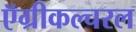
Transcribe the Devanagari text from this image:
ऍग्रीकल्चरल